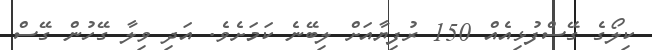
ކިލޯގެ ގޭސްފުޅިއެއް 150 ރުފިޔާއަށް ލިބޭނެ ކަމަށެވެ. އަދި ވިލާ ގޭހުން ގޭސް